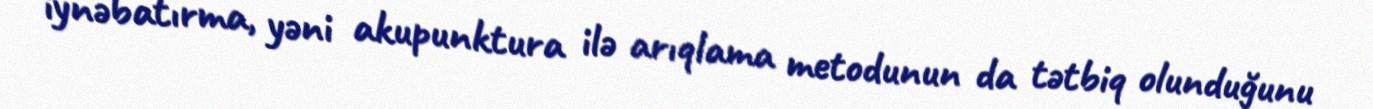
iynəbatırma, yəni akupunktura ilə arıqlama metodunun da tətbiq olunduğunu